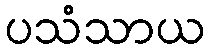
ပသံသာယ